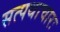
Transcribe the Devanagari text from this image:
सत्पथाचारः